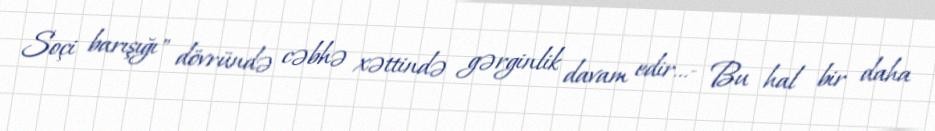
Soçi barışığı" dövründə cəbhə xəttində gərginlik davam edir...- Bu hal bir daha